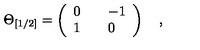
\Theta _ { [ 1 / 2 ] } = \left( \begin{array} { l l l } { 0 } & { { } } & { - 1 } \\ { 1 } & { { } } & { 0 } \\ \end{array} \right) \quad ,